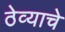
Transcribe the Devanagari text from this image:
ठेव्याचे